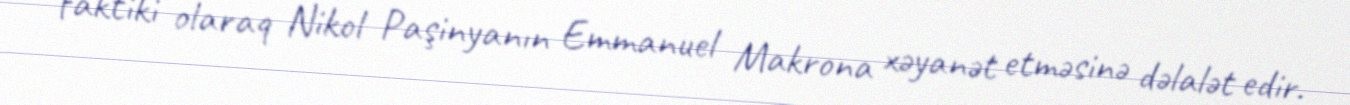
faktiki olaraq Nikol Paşinyanın Emmanuel Makrona xəyanət etməsinə dəlalət edir.